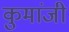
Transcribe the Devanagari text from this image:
कुमांजी